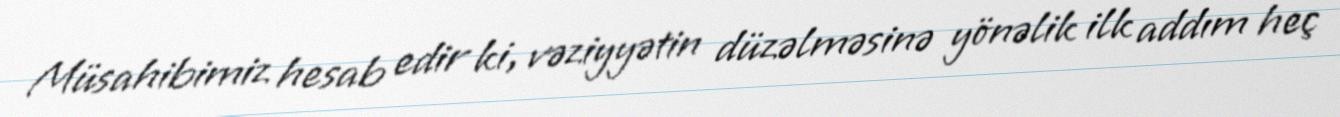
Müsahibimiz hesab edir ki, vəziyyətin düzəlməsinə yönəlik ilk addım heç